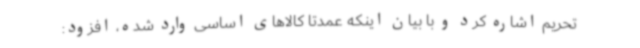
تحریم اشاره کرد و با بیان اینکه عمدتا کالاهای اساسی وارد شده، افزود: